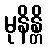
မုနိန္တိ